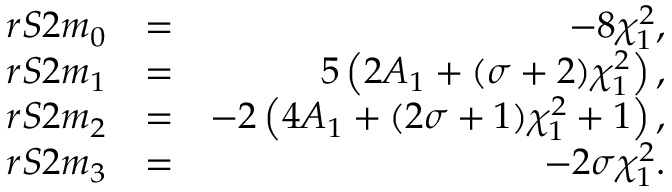
\begin{array} { r l r } { r S 2 m _ { 0 } } & { = } & { - 8 \chi _ { 1 } ^ { 2 } , } \\ { r S 2 m _ { 1 } } & { = } & { 5 \left( 2 A _ { 1 } + ( \sigma + 2 ) \chi _ { 1 } ^ { 2 } \right) , } \\ { r S 2 m _ { 2 } } & { = } & { - 2 \left( 4 A _ { 1 } + ( 2 \sigma + 1 ) \chi _ { 1 } ^ { 2 } + 1 \right) , } \\ { r S 2 m _ { 3 } } & { = } & { - 2 \sigma \chi _ { 1 } ^ { 2 } . } \end{array}